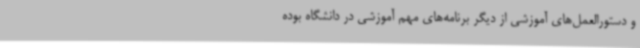
و دستورالعمل‌های آموزشی از دیگر برنامه‌های مهم آموزشی در دانشگاه بوده